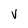
Character: v